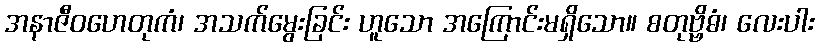
အနာဇီဝဟေတုကံ၊ အသက်မွေးခြင်း ဟူသော အကြောင်းမရှိသော။ စတုဗ္ဗိဓံ၊ လေးပါး